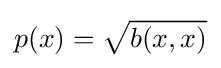
p(x)={\sqrt {b(x,x)}}